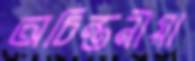
অচিন্তনীয়া